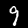
Digit: 9